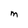
Character: m